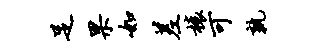
足果如差榱可孰